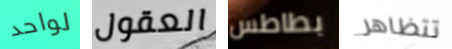
لواحد العقول بطاطس تتظاهر